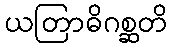
ယတြာဓိဂစ္ဆတိ